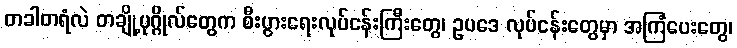
တခါတရံလဲ တချို့ပုဂ္ဂိုလ်တွေက စီးပွားရေးလုပ်ငန်းကြီးတွေ၊ ဥပဒေ လုပ်ငန်းတွေမှာ အကြံပေးတွေ၊